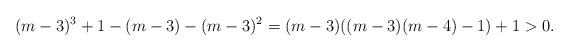
LaTeX: \begin{align*}(m-3)^{3}+1 - (m-3) - (m-3)^{2} = (m-3)((m-3)(m-4) - 1) + 1 > 0.\end{align*}